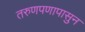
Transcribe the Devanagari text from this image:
तरुणपणापासुन